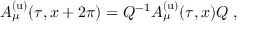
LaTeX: A _ { \mu } ^ { \mathrm { ( u ) } } ( \tau , x + 2 \pi ) = Q ^ { - 1 } A _ { \mu } ^ { \mathrm { ( u ) } } ( \tau , x ) Q ~ ,